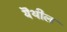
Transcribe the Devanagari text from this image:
यॆथील